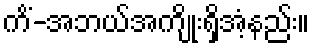
ကိံ-အဘယ်အကျိုးရှိအံ့နည်း။